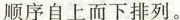
顺序自上而下排列。